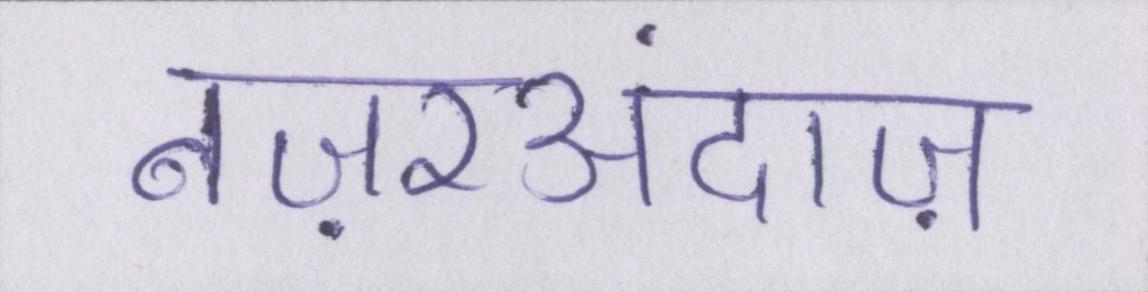
नज़रअंदाज़